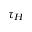
\tau _ { H }